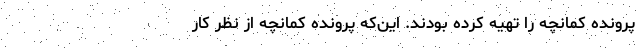
پرونده کمانچه را تهیه کرده بودند. این‌که پرونده کمانچه از نظر کار